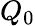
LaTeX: Q_{0}